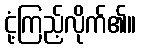
ငုံ့ကြည့်လိုက်၏။